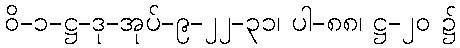
ဝိ-၁-ဋ္ဌ-ဒု-အုပ်-၉-၂၂-၃၁၊ ပါ-၈၈၊ ဋ္ဌ-၂၀ ၌